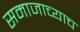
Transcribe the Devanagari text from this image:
समाजाच्याच